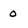
Character: 0